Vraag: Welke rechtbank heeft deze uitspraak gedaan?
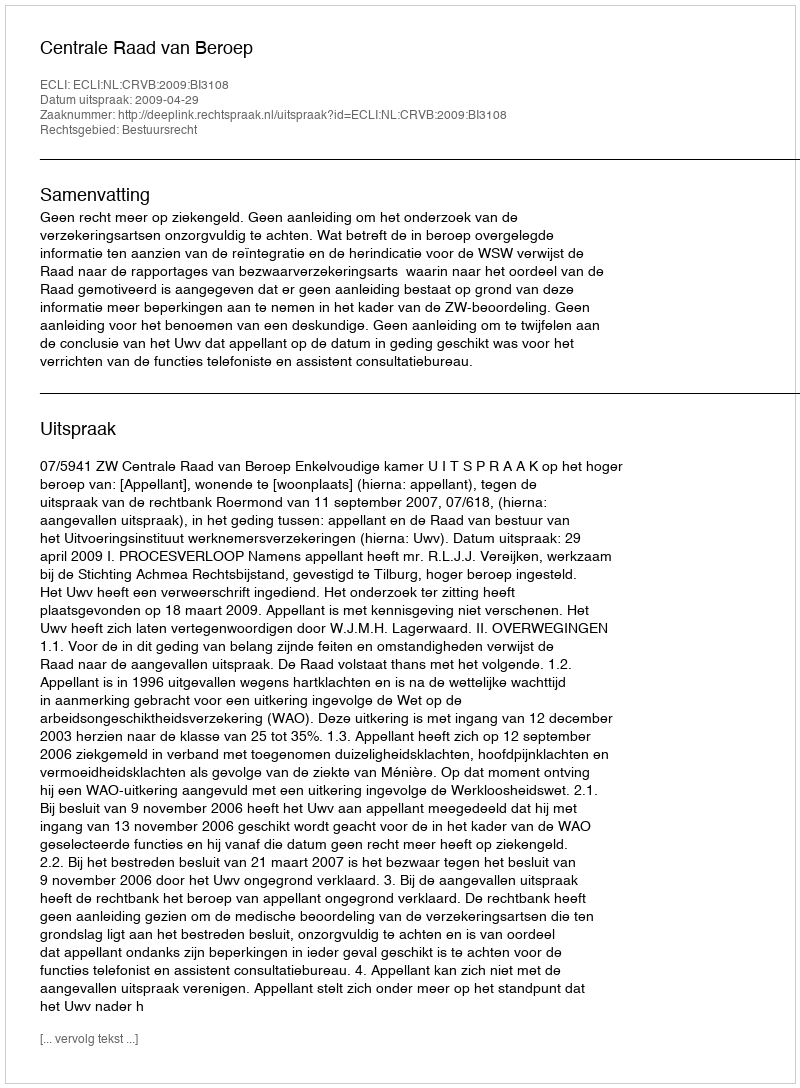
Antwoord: Centrale Raad van Beroep